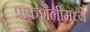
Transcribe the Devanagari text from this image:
पाकशैलीमध्ये